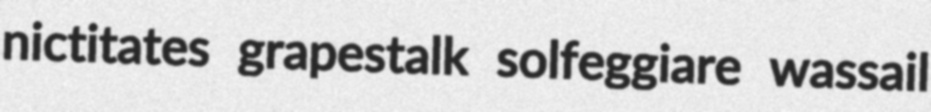
nictitates grapestalk solfeggiare wassail